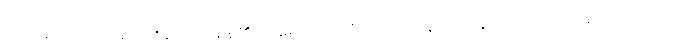
ကြယ်များသည် ဆည်းဆာ အချိန်၏ အမှောင်ထုကို အန်တုနေသည့်နှယ် လင်းလက်စ ပြုလာသည်။